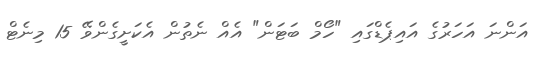
އަންނަ އަހަރުގެ އައިޕެޑްގައި "ހޯމް ބަޓަން" އެއް ނެތުން އެކަށީގެންވޭ 15 މިނެޓް